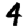
Digit: 4